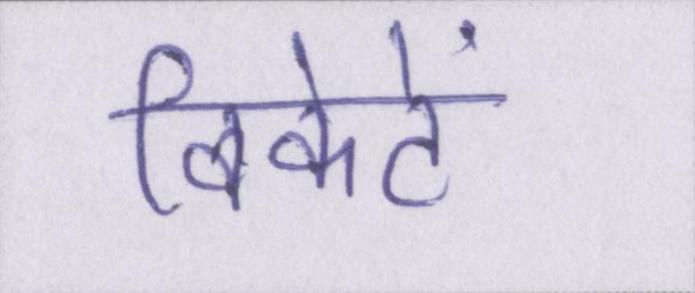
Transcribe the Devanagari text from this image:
विकेटें